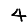
Digit: 4